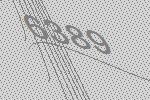
6389